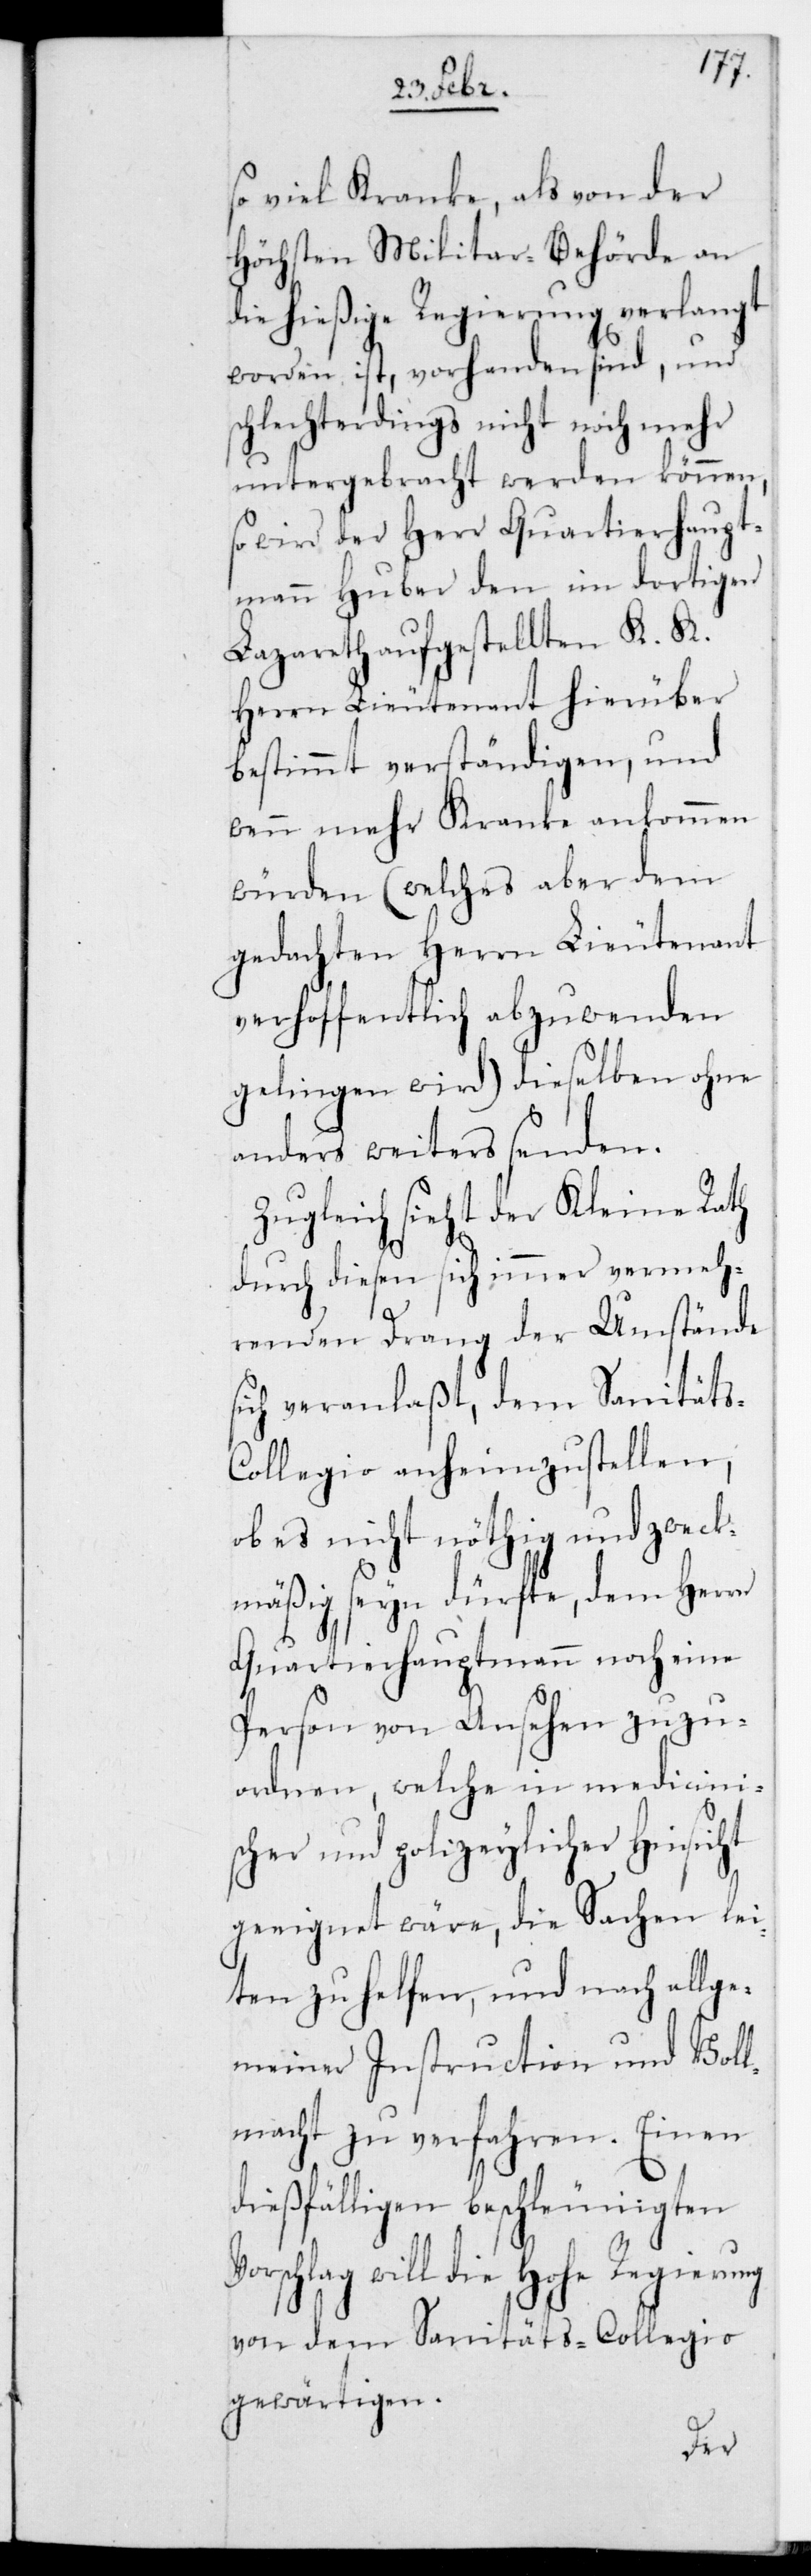
so viel Kranke, als von der
höchsten Militar-Behörde an
die hießige Regierung verlangt
worden ist, vorhanden sind, und
schlechterdings nicht noch mehr
untergebracht werden können,
so wird der Herr Quartierhaupt¬
mann Huber den im dortigen
Lazareth aufgestellten K. K.
Herrn Lieutenant hierüber
bestimmt verständigen, und
wenn mehr Kranke ankommen
würden (welches aber dem
gedachten Herrn Lieutenant
verhoffentlich abzuwenden
gelingen wird) dieselben ohne
anders weiters senden.
Zugleich sieht der Kleine Rath
durch diesen sich immer vermeh¬
renden Drang der Umstände
sich veranlaßt, dem Sanitäts-C¬
ollegio anheimzustellen,
ob es nicht nöthig und zweck¬
mäßig sein dürfte, dem Herrn
Quartierhauptmann noch eine
Person von Ansehen zuzu¬
ordnen, welche in medicinis¬
cher und polizeylicher Hinsicht
geeignet wäre, die Sachen lei¬
ten zu helfen, und nach allg¬
emeiner Instruction und Voll¬
macht zu verfahren. Einen
dießfälligen beschleunigten
schlag will die Hohe Regierung
von dem Sanitäts-Collegio
gewärtigen.
Vor¬